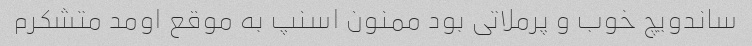
ساندویچ خوب و پرملاتی بود ممنون اسنپ به موقع اومد متشکرم